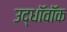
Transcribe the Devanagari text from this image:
उद्धॉवॉक